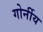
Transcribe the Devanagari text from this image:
गोर्नीय